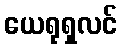
ယေရုရှလင်